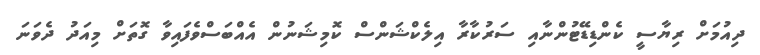
ދިއުމަށް ރިޔާސީ ކެންޑިޑޭޓުންނާއި ސަރުކާރާ އިލެކްޝަންސް ކޮމިޝަނުން އެއްބަސްވެފައިވާ ގޮތަށް މިއަދު ދެވަނަ